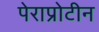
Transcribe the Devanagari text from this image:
पेराप्रोटीन